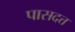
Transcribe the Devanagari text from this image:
पासदत्त